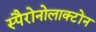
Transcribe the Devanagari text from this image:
स्पैरोनोलाक्टोंन